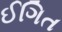
ઈગિત